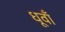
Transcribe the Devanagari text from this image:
धूवाँ